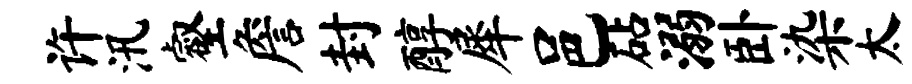
许汛壑詹封醇犀邑砧溺卧染太